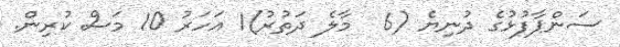
ސަންޕާފުޅުގެ ދުނިޔެ (6  މާލެ ދަތުރު)1 އަހަރު 10 މަސް ކުރިން.